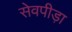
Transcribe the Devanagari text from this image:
सेवपीड़ा